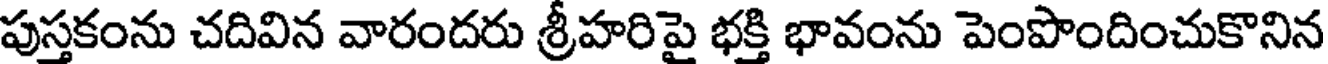
పుస్తకంను చదివిన వారందరు శ్రీహరిపై భక్తి భావంను పెంపొందించుకొనిన